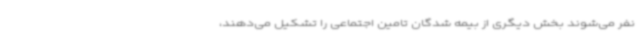
نفر می‌شوند بخش دیگری از بیمه شدگان تامین اجتماعی را تشکیل می‌دهند،